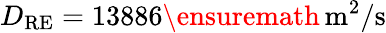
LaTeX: D_{\mathrm{RE}}=13886\ensuremath{\, \mathrm{m^{2}/s}}